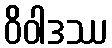
ဝိဝါဒဿ